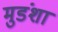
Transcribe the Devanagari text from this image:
मुडंशा